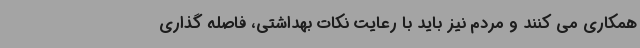
همکاری می کنند و مردم نیز باید با رعایت نکات بهداشتی، فاصله گذاری